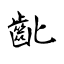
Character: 齔